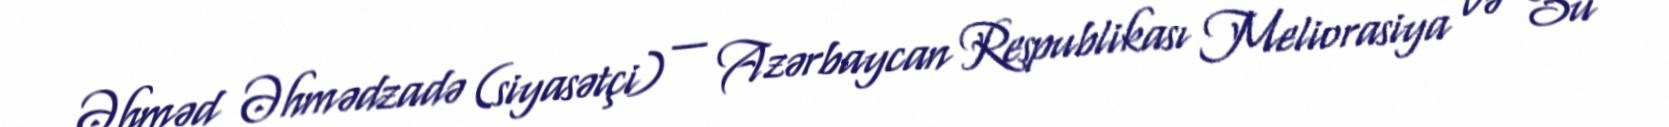
Əhməd Əhmədzadə (siyasətçi) — Azərbaycan Respublikası Meliorasiya və Su